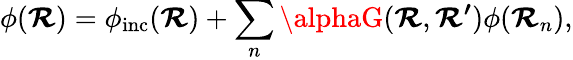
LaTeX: \phi(\boldsymbol{\mathcal{R}})=\phi_{\mathrm{{inc}}}(\boldsymbol{\mathcal{R}})+\sum_{n}\alphaG(\boldsymbol{\mathcal{R}},\boldsymbol{\mathcal{R}^{\prime}})\phi(\boldsymbol{\mathcal{R}}_{n}),